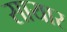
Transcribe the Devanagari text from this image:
सायार